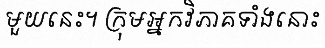
មួយនេះ។ ក្រុមអ្នកវិភាគទាំងនោះ